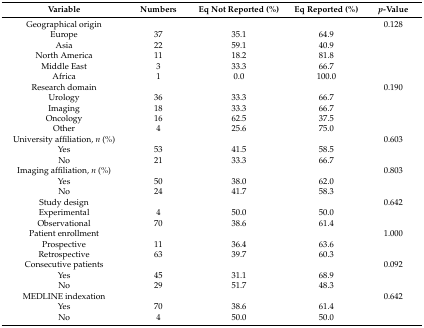
<table><thead><tr><td><b>Variable</b></td><td><b>Numbers</b></td><td><b>Eq Not Reported (%)</b></td><td><b>Eq Reported (%)</b></td><td><b><i>p</i>-Value</b></td></tr></thead><tbody><tr><td>Geographical origin</td><td></td><td></td><td></td><td>0.128</td></tr><tr><td>Europe</td><td>37</td><td>35.1</td><td>64.9</td><td></td></tr><tr><td>Asia</td><td>22</td><td>59.1</td><td>40.9</td><td></td></tr><tr><td>North America</td><td>11</td><td>18.2</td><td>81.8</td><td></td></tr><tr><td>Middle East</td><td>3</td><td>33.3</td><td>66.7</td><td></td></tr><tr><td>Africa</td><td>1</td><td>0.0</td><td>100.0</td><td></td></tr><tr><td>Research domain</td><td></td><td></td><td></td><td>0.190</td></tr><tr><td>Urology</td><td>36</td><td>33.3</td><td>66.7</td><td></td></tr><tr><td>Imaging</td><td>18</td><td>33.3</td><td>66.7</td><td></td></tr><tr><td>Oncology</td><td>16</td><td>62.5</td><td>37.5</td><td></td></tr><tr><td>Other</td><td>4</td><td>25.6</td><td>75.0</td><td></td></tr><tr><td>University affiliation, <i>n</i> (%)</td><td></td><td></td><td></td><td>0.603</td></tr><tr><td>Yes</td><td>53</td><td>41.5</td><td>58.5</td><td></td></tr><tr><td>No</td><td>21</td><td>33.3</td><td>66.7</td><td></td></tr><tr><td>Imaging affiliation, <i>n</i> (%)</td><td></td><td></td><td></td><td>0.803</td></tr><tr><td>Yes</td><td>50</td><td>38.0</td><td>62.0</td><td></td></tr><tr><td>No</td><td>24</td><td>41.7</td><td>58.3</td><td></td></tr><tr><td>Study design</td><td></td><td></td><td></td><td>0.642</td></tr><tr><td>Experimental</td><td>4</td><td>50.0</td><td>50.0</td><td></td></tr><tr><td>Observational</td><td>70</td><td>38.6</td><td>61.4</td><td></td></tr><tr><td>Patient enrollment</td><td></td><td></td><td></td><td>1.000</td></tr><tr><td>Prospective</td><td>11</td><td>36.4</td><td>63.6</td><td></td></tr><tr><td>Retrospective</td><td>63</td><td>39.7</td><td>60.3</td><td></td></tr><tr><td>Consecutive patients</td><td></td><td></td><td></td><td>0.092</td></tr><tr><td>Yes</td><td>45</td><td>31.1</td><td>68.9</td><td></td></tr><tr><td>No</td><td>29</td><td>51.7</td><td>48.3</td><td></td></tr><tr><td>MEDLINE indexation</td><td></td><td></td><td></td><td>0.642</td></tr><tr><td>Yes</td><td>70</td><td>38.6</td><td>61.4</td><td></td></tr><tr><td>No</td><td>4</td><td>50.0</td><td>50.0</td><td></td></tr></tbody></table>